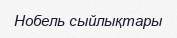
Нобель сыйлықтары